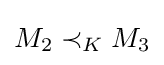
M_{2}\prec _{K}M_{3}